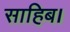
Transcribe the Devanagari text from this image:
साहिब।